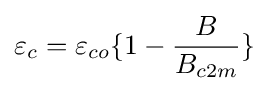
\varepsilon _{c}=\varepsilon _{co}\{1-{\frac {B}{B_{c2m}}}\}